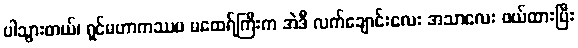
ပါသွားတယ်၊ ရှင်မဟာကဿပ မထေရ်ကြီးက အဲဒီ လက်ချောင်းလေး အသာလေး ဖယ်ထားပြီး